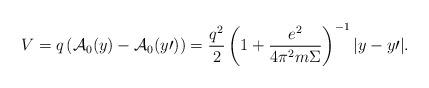
LaTeX: \begin{align*}V = q\left( {{\cal A}_0 (y) - {\cal A}_0 ( y{\prime})} \right) =\frac{{q^2 }}{2}\left( {1 + \frac{{e^2 }}{{4\pi ^2 m\Sigma }}}\right)^{ - 1} |y - y{\prime}| . \end{align*}